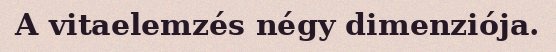
A vitaelemzés négy dimenziója.